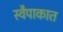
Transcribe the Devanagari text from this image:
स्वैपाकात